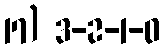
17) 3-2-1-0